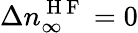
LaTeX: \Delta n_{\infty}^{\mathrm{~H~F~}}=0